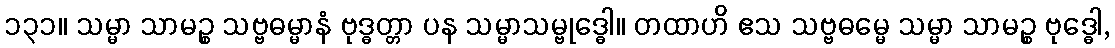
၁၃၁။ သမ္မာ သာမဉ္စ သဗ္ဗဓမ္မာနံ ဗုဒ္ဓတ္တာ ပန သမ္မာသမ္ဗုဒ္ဓေါ။ တထာဟိ ဧသ သဗ္ဗဓမ္မေ သမ္မာ သာမဉ္စ ဗုဒ္ဓေါ,